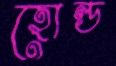
হোল্ড